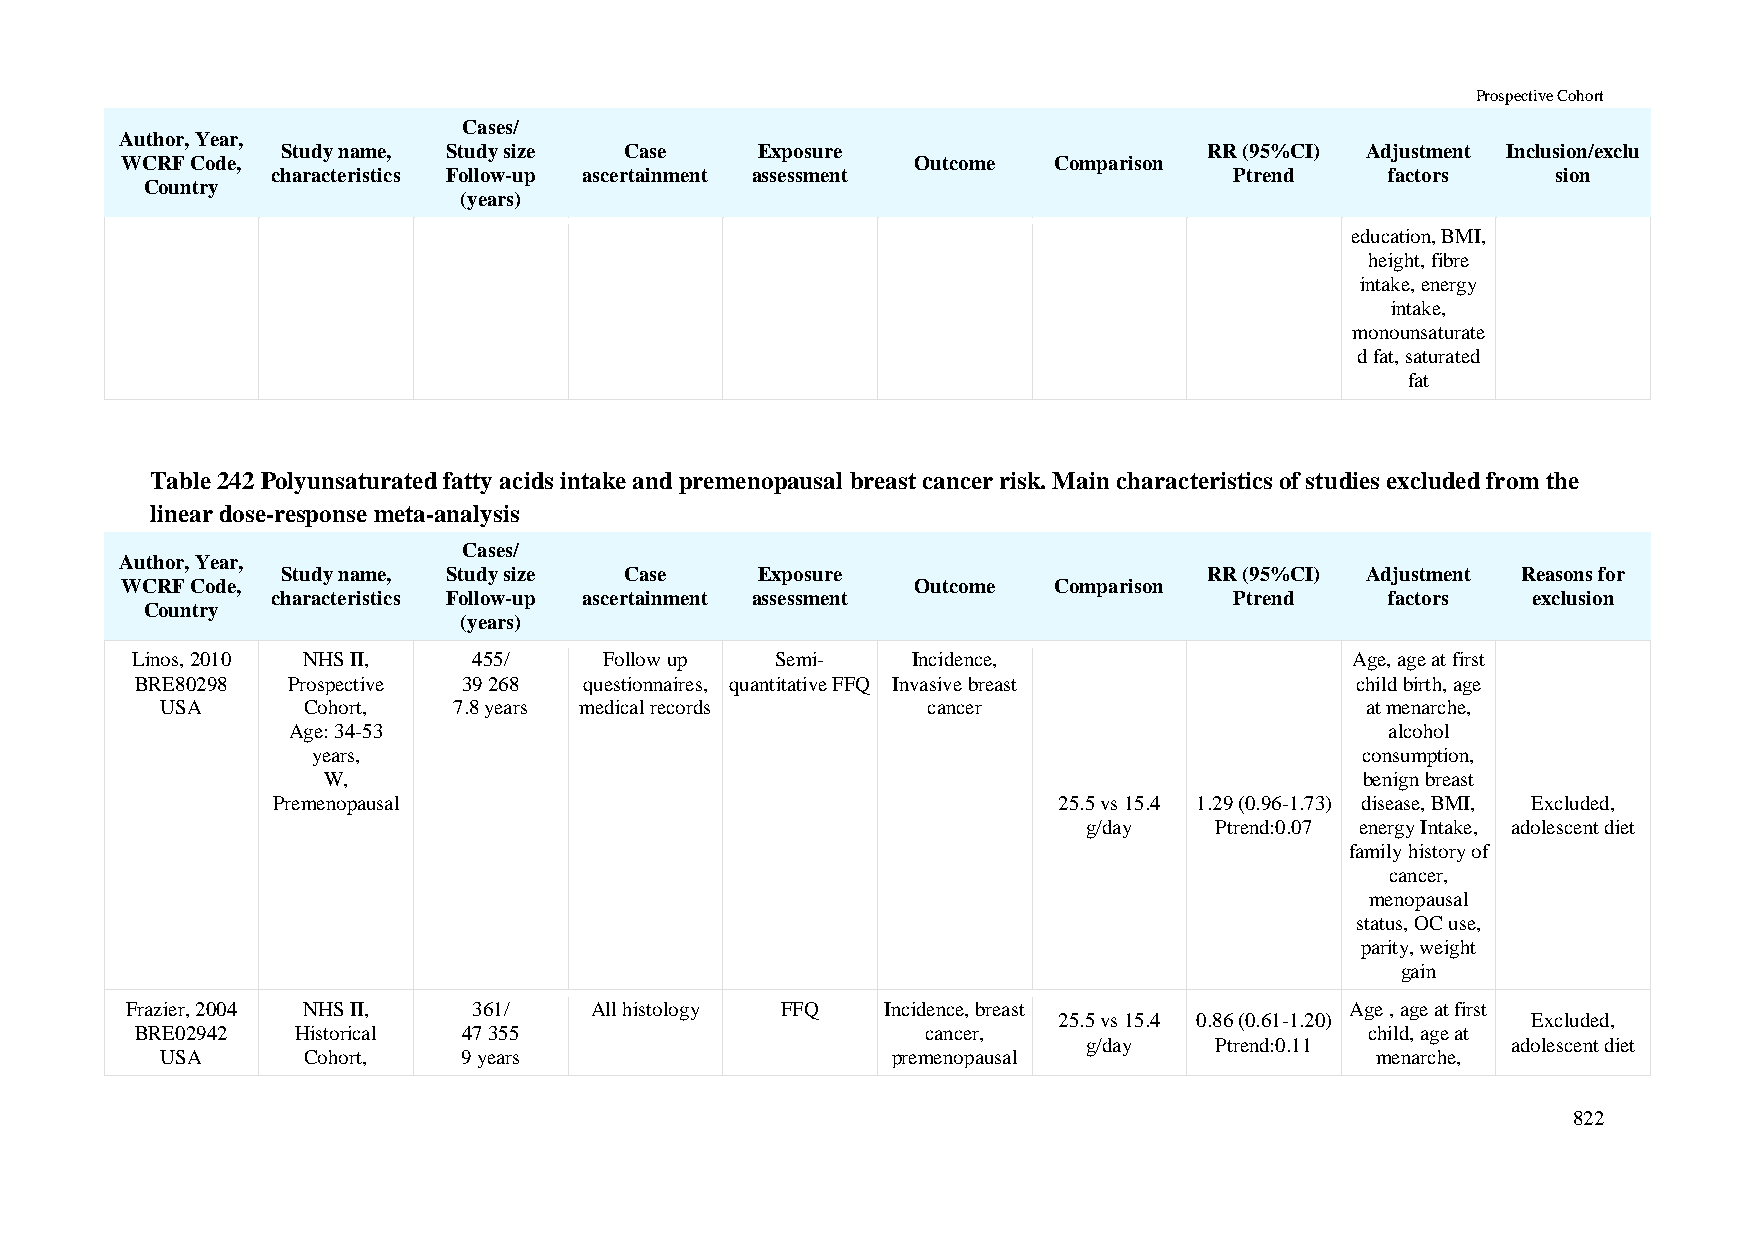
Prospective Cohort
 Cases/
 Author, Year,
 Study name, Study size Case    Exposure                      RR (95%CI) Adjustment Inclusion/exclu
 WCRF Code,                                           Outcome  Comparison
 characteristics Follow-up ascertainment assessment              Ptrend    factors    sion
 Country
 (years)
 education, BMI,
 height, fibre
 intake, energy
 intake,
 monounsaturate
 d fat, saturated
 fat
 Table 242 Polyunsaturated fatty acids intake and premenopausal breast cancer risk. Main characteristics of studies excluded from the
 linear dose-response meta-analysis
 Cases/
 Author, Year,
 Study name, Study size Case    Exposure                      RR (95%CI) Adjustment Reasons for
 WCRF Code,                                           Outcome  Comparison
 characteristics Follow-up ascertainment assessment              Ptrend    factors  exclusion
 Country
 (years)
 Linos, 2010 NHS II,   455/     Follow up  Semi-    Incidence,                    Age, age at first
 BRE80298  Prospective 39 268  questionnaires, quantitative FFQ Invasive breast   child birth, age
 USA      Cohort,   7.8 years medical records      cancer                       at menarche,
 Age: 34-53                                                               alcohol
 years,                                                               consumption,
 W,                                                                   benign breast
 Premenopausal                                       25.5 vs 15.4 1.29 (0.96-1.73) disease, BMI, Excluded,
 g/day   Ptrend:0.07 energy Intake, adolescent diet
 family history of
 cancer,
 menopausal
 status, OC use,
 parity, weight
 gain
 Frazier, 2004 NHS II,  361/    All histology FFQ   Incidence, breast             Age , age at first
 25.5 vs 15.4 0.86 (0.61-1.20)  Excluded,
 BRE02942   Historical 47 355                        cancer,                       child, age at
 g/day   Ptrend:0.11         adolescent diet
 USA      Cohort,    9 years                     premenopausal                   menarche,
 822